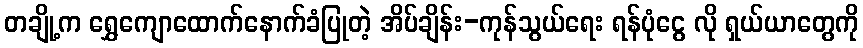
တချို့က ရွှေကျောထောက်နောက်ခံပြုတဲ့ အိပ်ချိန်း-ကုန်သွယ်ရေး ရန်ပုံငွေ လို ရှယ်ယာတွေကို